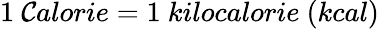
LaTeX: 1~\mathcal{C}alorie=1~kilocalorie~(kcal)